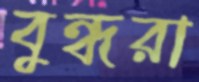
বুন্ধরা